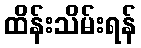
ထိန်းသိမ်းရန်